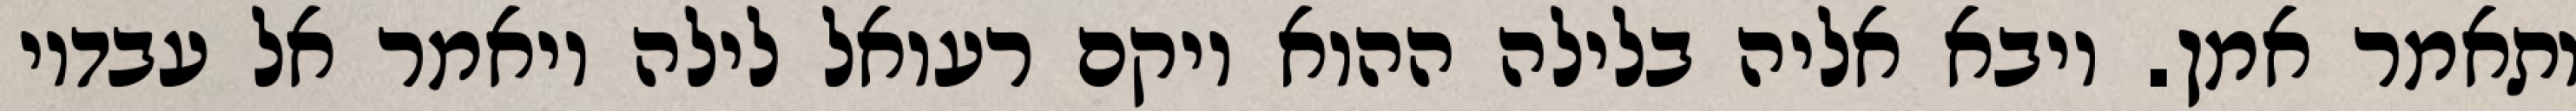
ותאמר אמן. ויבא אליה בלילה ההוא ויקם רעואל לילה ויאמר אל עבדיו